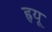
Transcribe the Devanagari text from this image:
ह्रयू